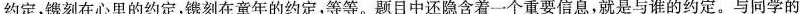
约定，镌刻在心里的约定，镌刻在童年的约定，等等。题目中还隐含着一个重要信息，就是与谁的约定。与同学的